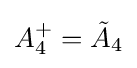
A_{4}^{+}={\tilde {A}}_{4}